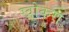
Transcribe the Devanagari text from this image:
खोकरा